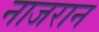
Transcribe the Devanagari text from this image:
नाजरान